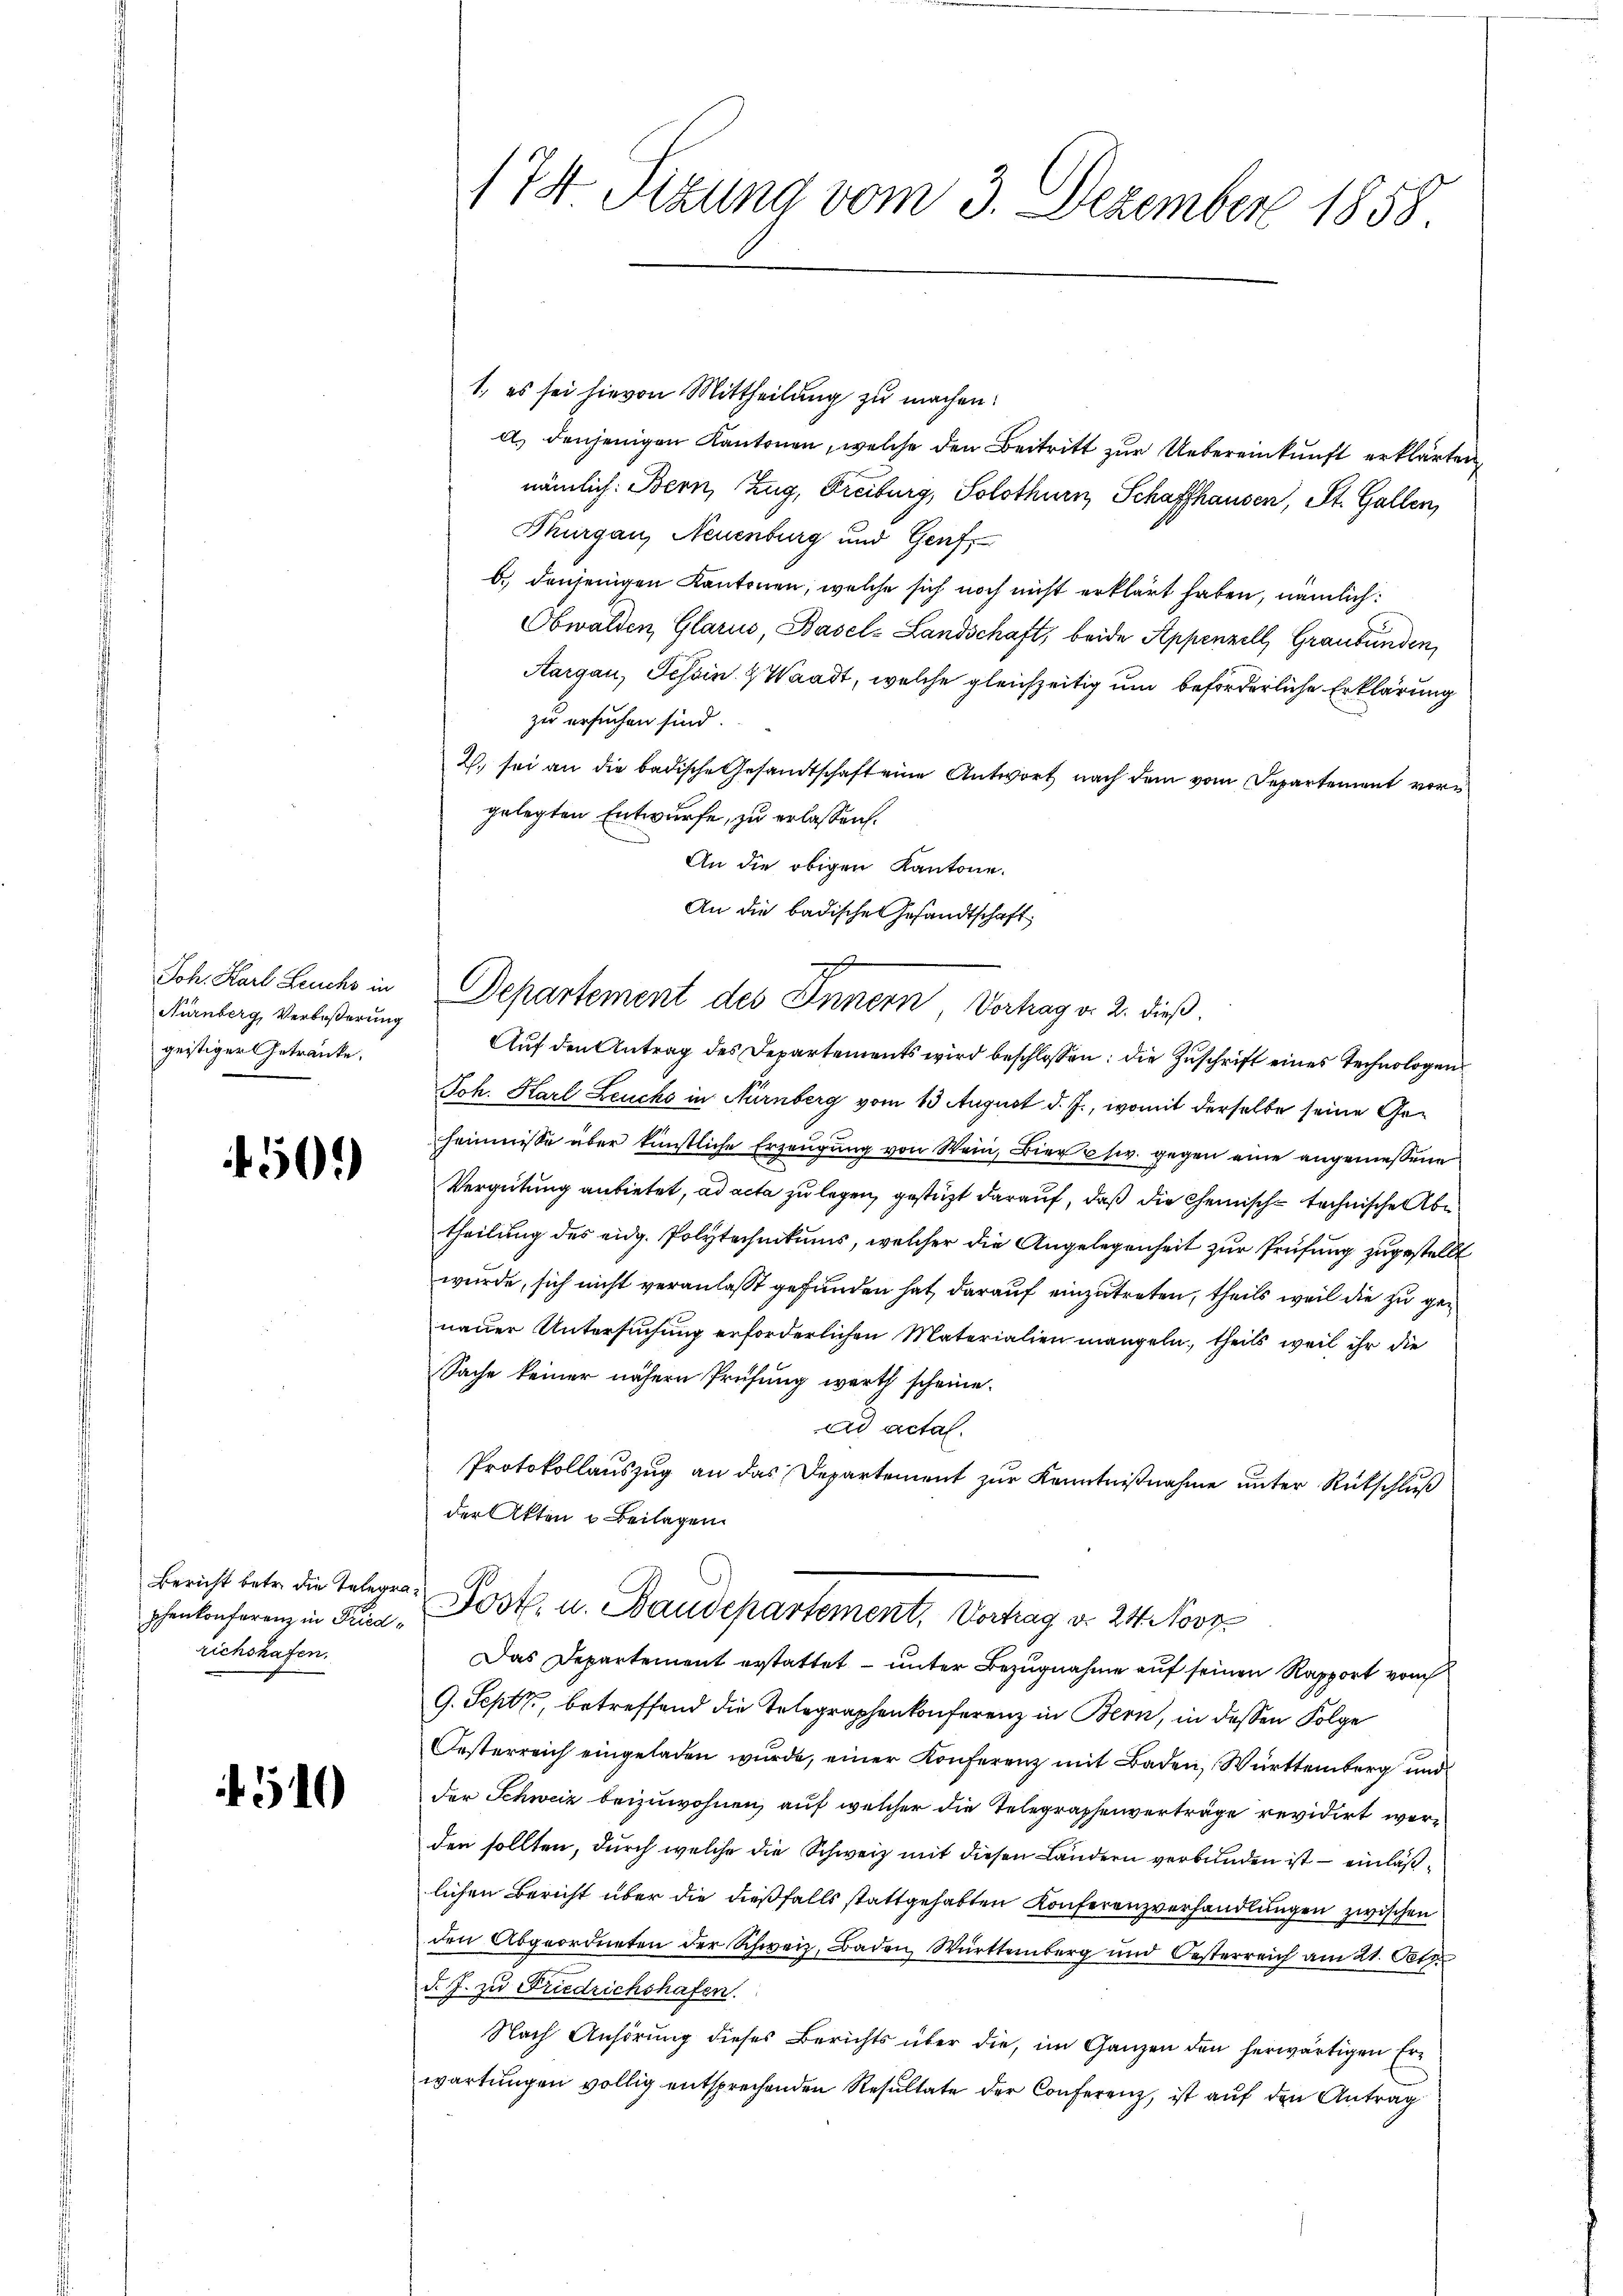
Joh. Karl Leuchs in
Nürnberg, Verbeßerung
geistiger Getränke.

450

Bericht betr. die Telegrarichshafen.

10

174. Sizung vom 3. Dezember 1858

1., es sei hievon Mittheilung zu machen:
a.) denjenigen Kantonen, welche den Beitritt zur Uebereinkunft erklärten,
nämlich: Bern, Zug, Freiburg, Solothurn, Schaffhausen, St. Gallen,
Thurgau, Neuenburg und Genf,
b.) denjenigen Kantonen, welche sich noch nicht erklärt haben, nämlich:
Obwalden Glarus, Basel-Landschaft, beide Appenzell, Graubünden,
Aargau, Tessin & Waadt, welche gleichzeitig um beforderliche Erklärung
zu ersuchen sind.
2. sei an die badische Gesandtschaft eine Antwort nach dem vom Departement vorgelegten Entwurfe, zu erlassen.
An die obigen Kantone.
Auf den Antrag des Departements wird beschlossen: die Zuschrift eines Technologen
Joh. Karl Leuche in Nürnberg vom 13 August d. J., womit derselbe seine Geheimisse über künstliche Erzeugung von Wein, Bier etw. gegen eine angemeßene
Vergütung anbietet, ad acta zu legen, gestützt darauf, daß die Chemische technische Abtheilung des eidg. Polytechnikums, welcher die Angelegenheit zur Prüfung zugestellt
wurde, sich nicht veranlaßt gefunden hat, darauf einzutreten, theils weil die zu genauer Untersuchung erforderlichen Materialien mangeln, theils weil ihr die
Sache keiner nähern Prüfung werth scheine.
ad actal.
Protokollauszug an das Departement zur Kenntnißnahme unter Rückschluß
der Akten u. Beilagen.
phenkonferenz in Friz Post- u. Baudepartement, Vortrag d. 24. Nov.
Das Departement erstattet – unter Bezugnahme auf seinen Rapport vom
9. Sept., betreffend die Telegraphenkonferenz in Bern, in dessen Folge
Oesterreich eingeladen wurde, einer Konferenz mit Baden, Württemberg und
der Schweiz beizuwohnen, auf welcher die Telegraphenverträge revidirt werden sollten, durch welche die Schweiz mit diesen Ländern verbunden ist – einläßlichen Bericht über die dießfalls stattgehabten Konferenzverhandlungen zwischen
den Abgeordneten der Schweiz, Baden, Württemberg und Oesterreich am 21. Ott
d. J. zu Friedrichshafen.
Nach Anhörung dieses Berichts über die, im Ganzen den herwärtigen Erwartungen völlig entsprechenden Resultate der Conferenz, ist auf den Antrag

An die badischen Gesandtschaft
Departement des Innern Vertrag v. 2. dieß.